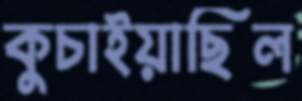
কুচাইয়াছিল